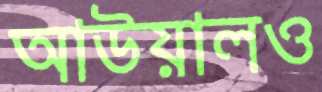
আউয়ালও